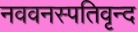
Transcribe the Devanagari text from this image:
नववनस्पतिवृन्द